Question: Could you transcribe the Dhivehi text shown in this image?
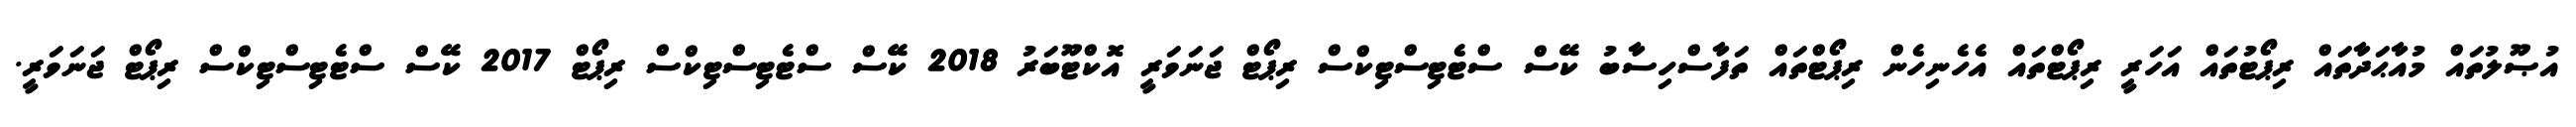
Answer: އުޞޫލުތައް މުއާޙަދާތައް ރިޕޯޓުތައް އަހަރީ ރިޕޯޓްތައް އެހެނިހެން ރިޕޯޓްތައް ތަފާސްހިސާބު ކޭސް ސްޓެޓިސްޓިކްސް ރިޕޯޓް ޖަނަވަރީ އޮކްޓޫބަރު 2018 ކޭސް ސްޓެޓިސްޓިކްސް ރިޕޯޓް 2017 ކޭސް ސްޓެޓިސްޓިކްސް ރިޕޯޓް ޖަނަވަރީ.